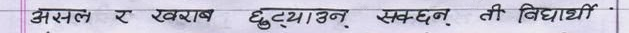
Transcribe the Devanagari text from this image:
असल र खराब छुट्याउन सक्छन् ती विद्यार्थी.